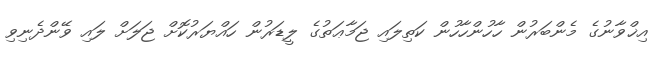
އިޚްވާނުގެ މެންބަރުން ހާހުންހާހުން ކަތިލައި ޖަމާޢަތުގެ ލީޑަރުން ހައްޔަރުކޮށް ޖަލަށް ލައި ވޭންދެނިވި